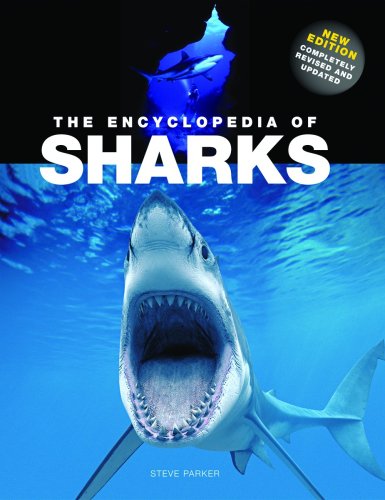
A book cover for The Encyclopedia of Sharks; Steve Parker; Reference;